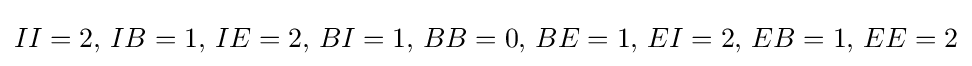
II=2,\,IB=1,\,IE=2,\,BI=1,\,BB=0,\,BE=1,\,EI=2,\,EB=1,\,EE=2